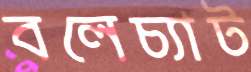
বলেচ্যাট